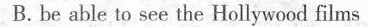
B. be able to see the Hollyweod films